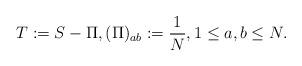
LaTeX: \begin{align*}T:=S-\Pi, (\Pi)_{ab} := \frac{1}{N}, 1\leq a,b\leq N.\end{align*}